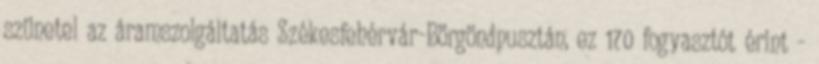
szünetel az áramszolgáltatás Székesfehérvár-Börgöndpusztán, ez 170 fogyasztót érint -